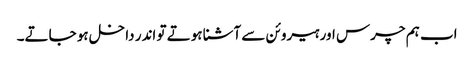
اب ہم چرس اور ہیروئن سے آشنا ہوتے تو اندر داخل ہو جاتے۔